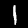
Digit: 1